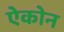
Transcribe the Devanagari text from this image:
ऐकोन